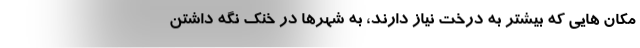
مکان هایی که بیشتر به درخت نیاز دارند، به شهرها در خنک نگه داشتن